Lunatic asylums in Bengal annual reports 1912-1924 - 1912-1924
Year: 1912
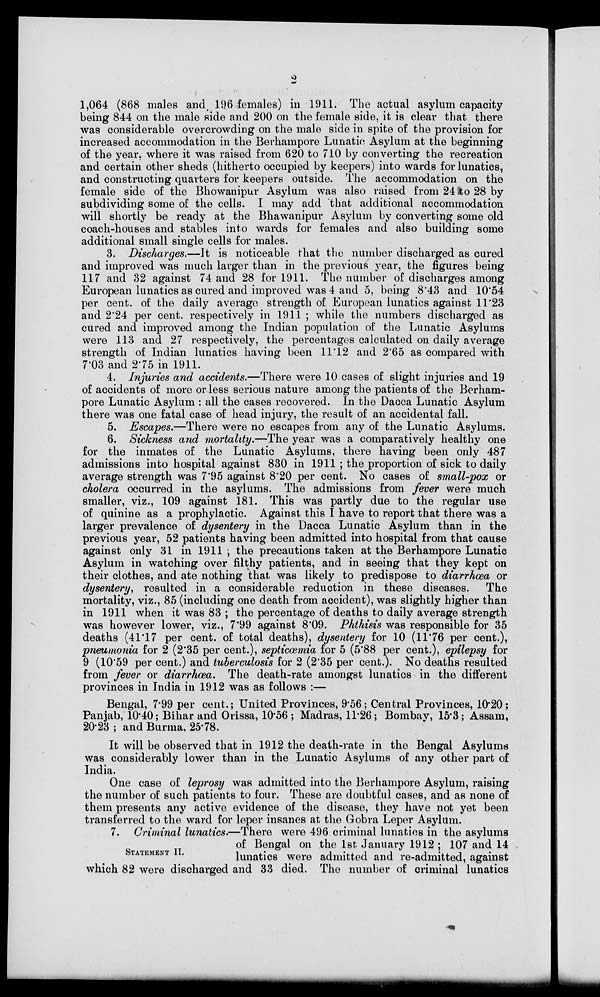
2
1,064 (868 males and 196 females) in 1911. The actual asylum capacity
being 844 on the male side and 200 on the female side, it is clear that there
was considerable overcrowding on the male side in spite of the provision for
increased accommodation in the Berhampore Lunatic Asylum at the beginning
of the year, where it was raised from 620 to 710 by converting the recreation
and certain other sheds (hitherto occupied by keepers) into wards for lunatics,
and constructing quarters for keepers outside. The accommodation on the
female side of the Bhowanipur Asylum was also raised from 24 to 28 by
subdividing some of the cells. I may add that additional accommodation
will shortly be ready at the Bhawanipur Asylum by converting some old
coach-houses and stables into wards for females and also building some
additional small single cells for males.
3. Discharges.—It is noticeable that the number discharged as cured
and improved was much larger than in the previous year, the figures being
117 and 32 against 74 and 28 for 1911. The number of discharges among
European lunatics as cured and improved was 4 and 5, being 8.43 and 10.54
per cent. of the daily average strength of European lunatics against 11.23
and 2.24 per cent. respectively in 1911 ; while the numbers discharged as
cured and improved among the Indian population of the Lunatic Asylums
were 113 and 27 respectively, the percentages calculated on daily average
strength of Indian lunatics having been 11.12 and 2.65 as compared with
7.03 and 2.75 in 1911.
4. Injuries and accidents.—There were 10 cases of slight injuries and 19
of accidents of more or less serious nature among the patients of the Berham-
pore Lunatic Asylum : all the cases recovered. In the Dacca Lunatic Asylum
there was one fatal case of head injury, the result of an accidental fall.
5. Escapes.—There were no escapes from any of the Lunatic Asylums.
6. Sickness and mortality.—The year was a comparatively healthy one
for the inmates of the Lunatic Asylums, there having been only 487
admissions into hospital against 830 in 1911 ; the proportion of sick to daily
average strength was 7.95 against 8.20 per cent. No cases of small-pox or
cholera occurred in the asylums. The admissions from fever were much
smaller, viz., 109 against 181. This was partly due to the regular use
of quinine as a prophylactic. Against this I have to report that there was a
larger prevalence of dysentery in the Dacca Lunatic Asylum than in the
previous year, 52 patients having been admitted into hospital from that cause
against only 31 in 1911 ; the precautions taken at the Berhampore Lunatic
Asylum in watching over filthy patients, and in seeing that they kept on
their clothes, and ate nothing that was likely to predispose to diarrhœa or
dysentery, resulted in a considerable reduction in these diseases. The
mortality, viz., 85 (including one death from accident), was slightly higher than
in 1911 when it was 83 ; the percentage of deaths to daily average strength
was however lower, viz., 7.99 against 8.09. Phthisis was responsible for 35
deaths (41.17 per cent. of total deaths), dysentery for 10 (11.76 per cent.),
pneumonia for 2 (2.35 per cent.), septicœmia for 5 (5.88 per cent.), epilepsy for
9 (10.59 per cent.) and tuberculosis for 2 (2.35 per cent.). No deaths resulted
from fever or diarrhœa. The death-rate amongst lunatics in the different
provinces in India in 1912 was as follows :—
Bengal, 7.99 per cent.; United Provinces, 9.56; Central Provinces, 10.20;
Panjab, 10.40; Bihar and Orissa, 10.56 ; Madras, 11.26; Bombay, 15.3; Assam,
20.23 ; and Burma, 25.78.
It will be observed that in 1912 the death-rate in the Bengal Asylums
was considerably lower than in the Lunatic Asylums of any other part of
India.
One case of leprosy was admitted into the Berhampore Asylum, raising
the number of such patients to four. These are doubtful cases, and as none of
them presents any active evidence of the disease, they have not yet been
transferred to the ward for leper insanes at the Gobra Leper Asylum.
STATEMENT II.
7. Criminal lunatics.—There were 496 criminal lunatics in the asylums
of Bengal on the 1st January 1912 ; 107 and 14
lunatics were admitted and re-admitted, against
which 82 were discharged and 33 died. The number of criminal lunatics